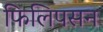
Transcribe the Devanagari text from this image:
फिलिपसन